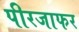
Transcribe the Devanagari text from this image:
पीरजाफर